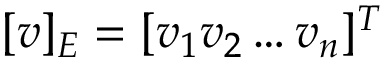
[ v ] _ { E } = [ v _ { 1 } v _ { 2 } \ldots v _ { n } ] ^ { T }